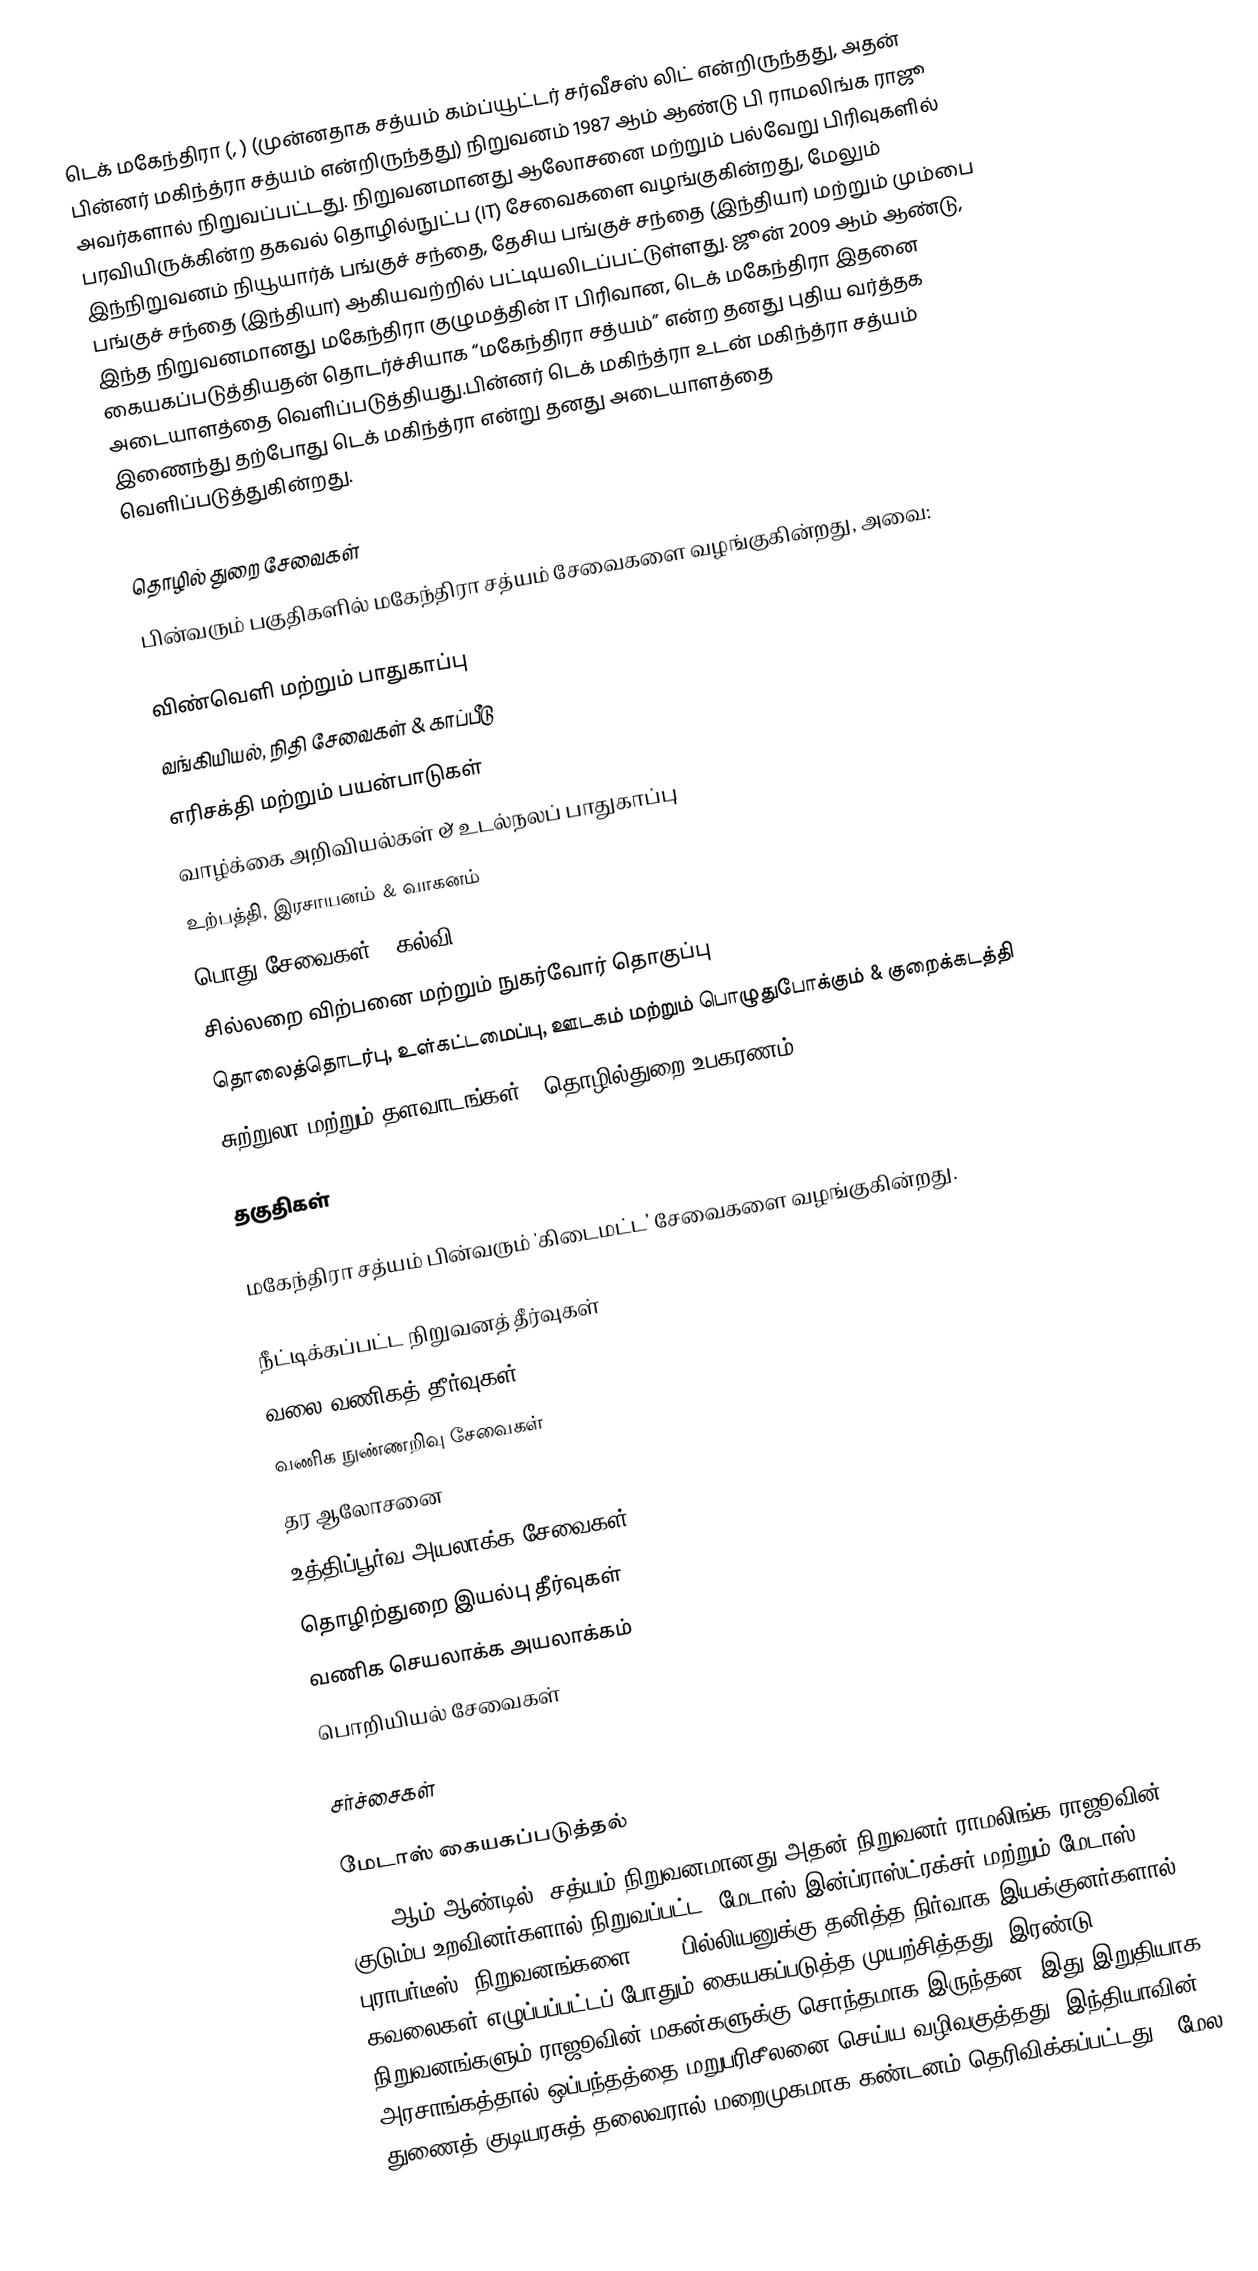
டெக் மகேந்திரா (, ) (முன்னதாக சத்யம் கம்ப்யூட்டர் சர்வீசஸ் லிட் என்றிருந்தது, அதன் பின்னர் மகிந்த்ரா சத்யம் என்றிருந்தது) நிறுவனம் 1987 ஆம் ஆண்டு பி ராமலிங்க ராஜூ அவர்களால் நிறுவப்பட்டது. நிறுவனமானது ஆலோசனை மற்றும் பல்வேறு பிரிவுகளில் பரவியிருக்கின்ற தகவல் தொழில்நுட்ப (IT) சேவைகளை வழங்குகின்றது, மேலும் இந்நிறுவனம் நியூயார்க் பங்குச் சந்தை, தேசிய பங்குச் சந்தை (இந்தியா) மற்றும் மும்பை பங்குச் சந்தை (இந்தியா) ஆகியவற்றில் பட்டியலிடப்பட்டுள்ளது. ஜூன் 2009 ஆம் ஆண்டு, இந்த நிறுவனமானது மகேந்திரா குழுமத்தின் IT பிரிவான, டெக் மகேந்திரா இதனை கையகப்படுத்தியதன் தொடர்ச்சியாக “மகேந்திரா சத்யம்” என்ற தனது புதிய வர்த்தக அடையாளத்தை வெளிப்படுத்தியது.பின்னர் டெக் மகிந்த்ரா உடன் மகிந்த்ரா சத்யம் இணைந்து தற்போது டெக் மகிந்த்ரா  என்று தனது அடையாளத்தை வெளிப்படுத்துகின்றது.

தொழில் துறை சேவைகள்
பின்வரும் பகுதிகளில் மகேந்திரா சத்யம் சேவைகளை வழங்குகின்றது, அவை:

 விண்வெளி மற்றும் பாதுகாப்பு
 வங்கியியல், நிதி சேவைகள் & காப்பீடு
 எரிசக்தி மற்றும் பயன்பாடுகள்
 வாழ்க்கை அறிவியல்கள் & உடல்நலப் பாதுகாப்பு
 உற்பத்தி, இரசாயனம் & வாகனம்
 பொது சேவைகள் & கல்வி
 சில்லறை விற்பனை மற்றும் நுகர்வோர் தொகுப்பு
 தொலைத்தொடர்பு, உள்கட்டமைப்பு, ஊடகம் மற்றும் பொழுதுபோக்கும் & குறைக்கடத்தி
 சுற்றுலா மற்றும் தளவாடங்கள் & தொழில்துறை உபகரணம்

தகுதிகள்

மகேந்திரா சத்யம் பின்வரும் 'கிடைமட்ட’ சேவைகளை வழங்குகின்றது.

 நீட்டிக்கப்பட்ட நிறுவனத் தீர்வுகள்
 வலை வணிகத் தீர்வுகள்
 வணிக நுண்ணறிவு சேவைகள்
 தர ஆலோசனை
 உத்திப்பூர்வ அயலாக்க சேவைகள்
 தொழிற்துறை இயல்பு தீர்வுகள்
 வணிக செயலாக்க அயலாக்கம்
 பொறியியல் சேவைகள்

சர்ச்சைகள்

மேடாஸ் கையகப்படுத்தல்
2008 ஆம் ஆண்டில், சத்யம் நிறுவனமானது அதன் நிறுவனர் ராமலிங்க ராஜூவின் குடும்ப உறவினர்களால் நிறுவப்பட்ட (மேடாஸ் இன்ப்ராஸ்ட்ரக்சர் மற்றும் மேடாஸ் புராபர்டீஸ்) நிறுவனங்களை $1.6 பில்லியனுக்கு தனித்த நிர்வாக இயக்குனர்களால் கவலைகள் எழுப்பப்பட்டப் போதும் கையகப்படுத்த முயற்சித்தது. இரண்டு நிறுவனங்களும் ராஜூவின் மகன்களுக்கு சொந்தமாக இருந்தன. இது இறுதியாக அரசாங்கத்தால் ஒப்பந்தத்தை மறுபரிசீலனை செய்ய வழிவகுத்தது, இந்தியாவின் துணைத் குடியரசுத் தலைவரால் மறைமுகமாக கண்டனம் தெரிவிக்கப்பட்டது , மேல